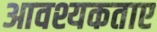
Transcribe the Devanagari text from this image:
आवश्यकताए